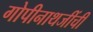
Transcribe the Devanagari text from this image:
गोपीनाथजींची